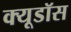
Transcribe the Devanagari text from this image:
क्यूडॉस